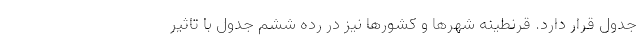
جدول قرار دارد. قرنطینه شهرها و کشورها نیز در رده ششم جدول با تاثیر